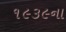
૧૯૩૯ના